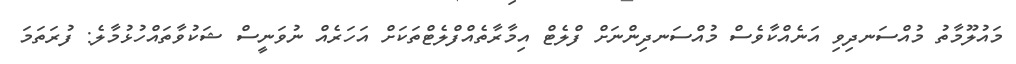
މައުލޫމާތު މުއްސަނދިވި އަނެއްކާވެސް މުއްސަނދިންނަށް ފްލެޓް އިމާރާތެއްފްލެޓްތަކަށް އަހަރެއް ނުވަނީސް ޝަކުވާތައްހުޅުމާލެ: ފުރަތަމަ